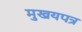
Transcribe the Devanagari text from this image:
मुखयपत्र